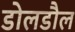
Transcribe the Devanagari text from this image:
डोलडौल